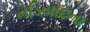
નડિયાદના